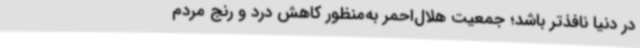
در دنیا نافذتر باشد؛ جمعیت هلال‌احمر به‌منظور کاهش درد و رنج مردم